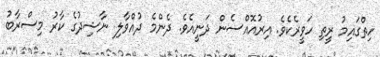
ހިތްގައިމު ރީތި ހަވީރެކެވެ. އިރުއޮއްސެން ދަނީއެވެ. ދެންމެ ދުއްވާލި ނާޝިދުގެ ކާރު މިސްރާބު